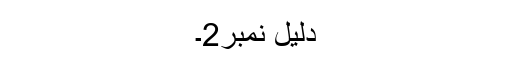
دلیل نمبر2۔